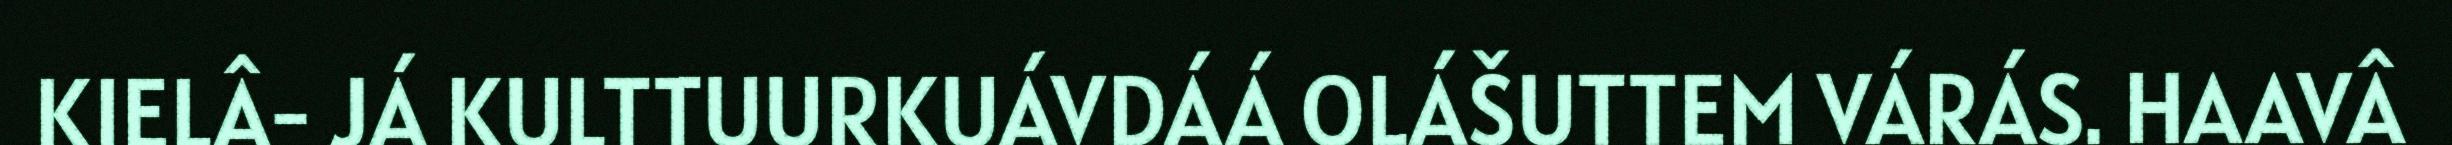
KIELÂ- JÁ KULTTUURKUÁVDÁÁ OLÁŠUTTEM VÁRÁS. HAAVÂ